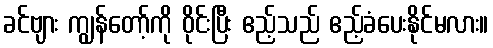
ခင်ဗျား ကျွန်တော့်ကို ဝိုင်းပြီး ဧည့်သည် ဧည့်ခံပေးနိုင်မလား။